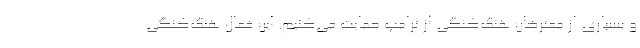
و بسیاری از معترضان هنگ‌کنگی از ترامپ حمایت می‌کنیم. این فعال هنگ‌کنگی